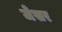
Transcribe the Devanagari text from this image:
जेसर